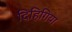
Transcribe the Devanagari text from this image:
दिहिगिया